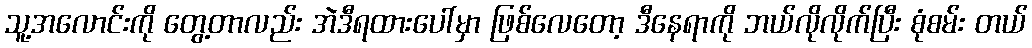
သူ့အလောင်းကို တွေ့တာလည်း အဲဒီရထားပေါ်မှာ ဖြစ်လေတော့ ဒီနေရာကို ဘယ်လိုလိုက်ပြီး စုံစမ်း တယ်